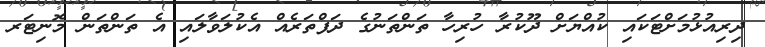
ދިރިއުޅުމަށްޓަކައި ކުއްޔަށް ދޫކުރާ ހުރިހާ ތަންތަނުގެ ދަފްތަރެއް އެކުލަވާލައި އެ ތަންތަން މޮނިޓަރ